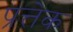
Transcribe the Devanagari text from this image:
प्रत्तेक